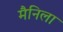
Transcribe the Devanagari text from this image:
मैनिला